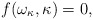
\begin{align*}f(\omega_\kappa, \kappa) = 0,\end{align*}